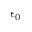
\epsilon _ { 0 }